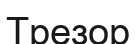
Трезор